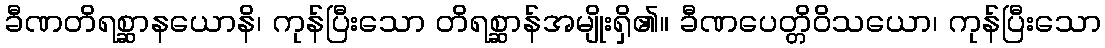
ခီဏတိရစ္ဆာနယောနိ၊ ကုန်ပြီးသော တိရစ္ဆာန်အမျိုးရှိ၏။ ခီဏပေတ္တိဝိသယော၊ ကုန်ပြီးသော